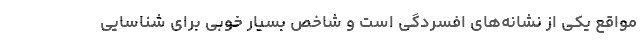
مواقع یکی از نشانه‌های افسردگی است و شاخص بسیار خوبی برای شناسایی